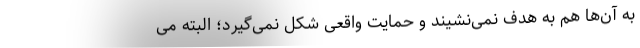
به آن‌ها هم به هدف نمی‌نشیند و حمایت واقعی شکل نمی‌گیرد؛ البته می